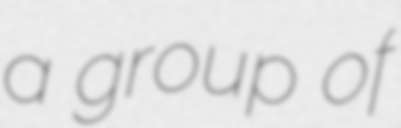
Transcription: a group of